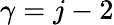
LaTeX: \gamma=j-2